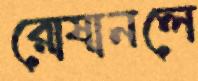
রোষানলে